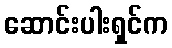
ဆောင်းပါးရှင်က